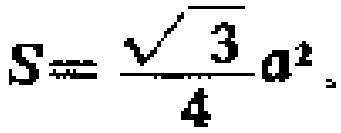
$S=\frac{\sqrt{3}}{4}a^{2}$